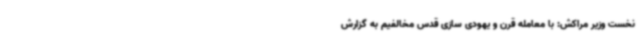
نخست وزیر مراکش: با معامله قرن و یهودی سازی قدس مخالفیم به گزارش